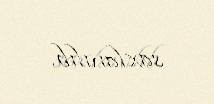
saxlanılıb.